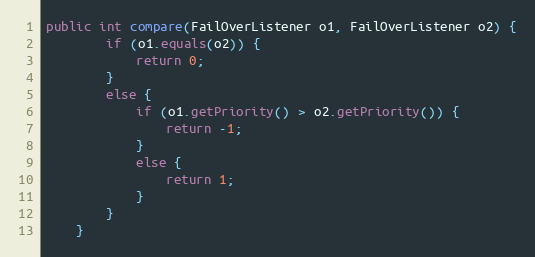
Language: Java
public int compare(FailOverListener o1, FailOverListener o2) {
		if (o1.equals(o2)) {
			return 0;
		}
		else {
			if (o1.getPriority() > o2.getPriority()) {
				return -1;
			}
			else {
				return 1;
			}
		}
	}